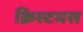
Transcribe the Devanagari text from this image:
क्रिस्टमस